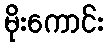
မိုးကောင်း